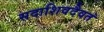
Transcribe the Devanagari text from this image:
सदाशिवदैवतं